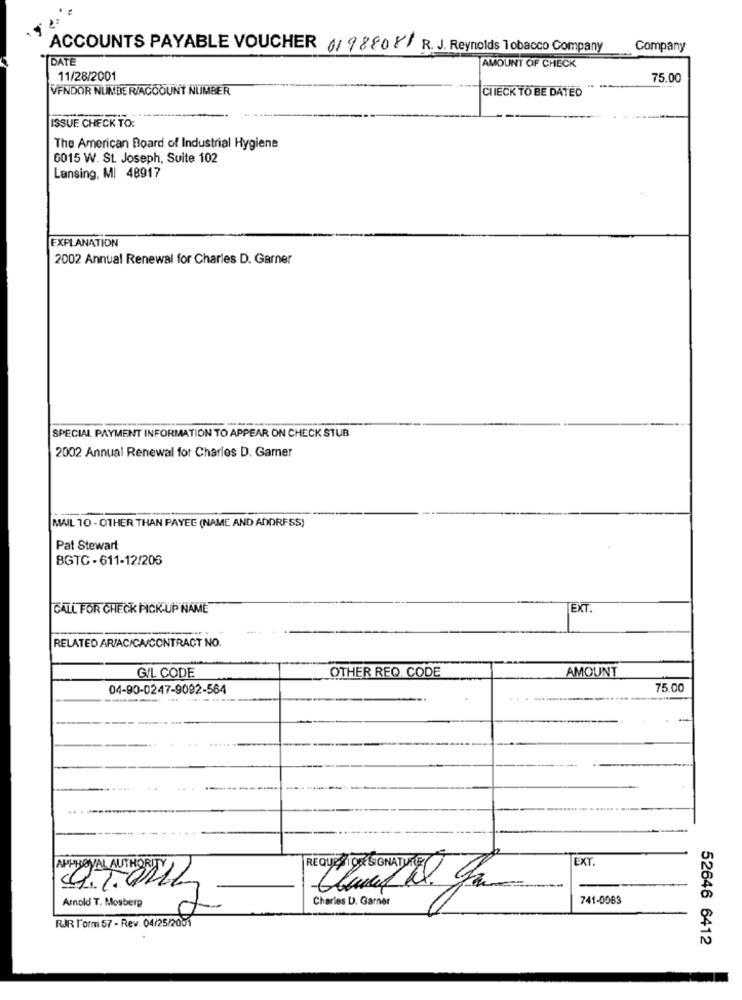
ACCOUNTS PAYABLE VOUCHER 1198808/ R. J. Reynolds Tobacco Company
Company
DATE
AMOUNT OF CHECK
11/28/2001
75.00
VENDOR NUMERIACCOUNT NUMBER
CHECK TO BE DATEÓ
ISSUE CHECK TO:
The American Board of Industrial Hygiene
6015 W. St. Joseph, Suite 102
Lansing, MI 48917
EXPLANATION
2002 Annual Renewal for Charles D. Garner
SPECIAL PAYMENT INFORMATION TO APPEAR ON CHECK STUB
2002 Annual Renewal for Charles D. Garner
MAIL 10 -OTHER THAN PAYEE (NAME AND ADDRESS)
Pat Stewart
BGTC - 611-12/206
CALL FOR CHECK PICK-UP NAME
EXT.
RELATED AR/AC/CA/CONTRACT NO.
OTHER REQ. CODE
AMOUNT
GIL CODE
04-90-0247-9092-564
75.00
EXT
APPROVAL AUTHORITY
Arnold T. Mosberg
Charles D. Garner
741-0083
RJR Form 57 - Rev. 04/25/2001
52646 6412